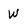
Character: W